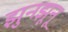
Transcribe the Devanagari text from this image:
झुनझूनू